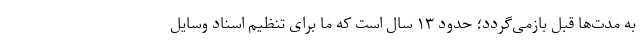
به مدت‌ها قبل بازمی‌گردد؛ حدود ۱۳ سال است که ما برای تنظیم اسناد وسایل